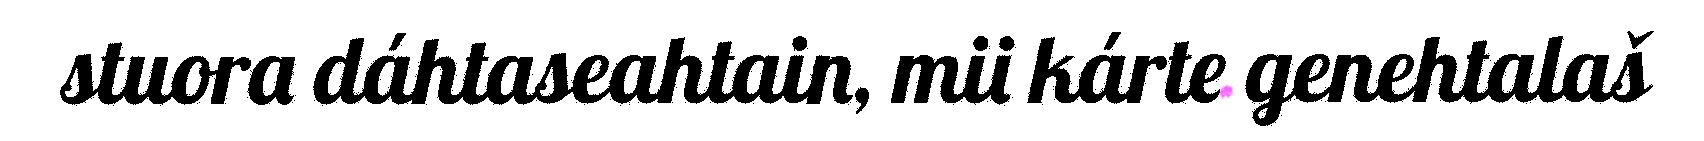
stuora dáhtaseahtain, mii kárte genehtalaš